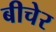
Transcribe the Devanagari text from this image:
बीचेर